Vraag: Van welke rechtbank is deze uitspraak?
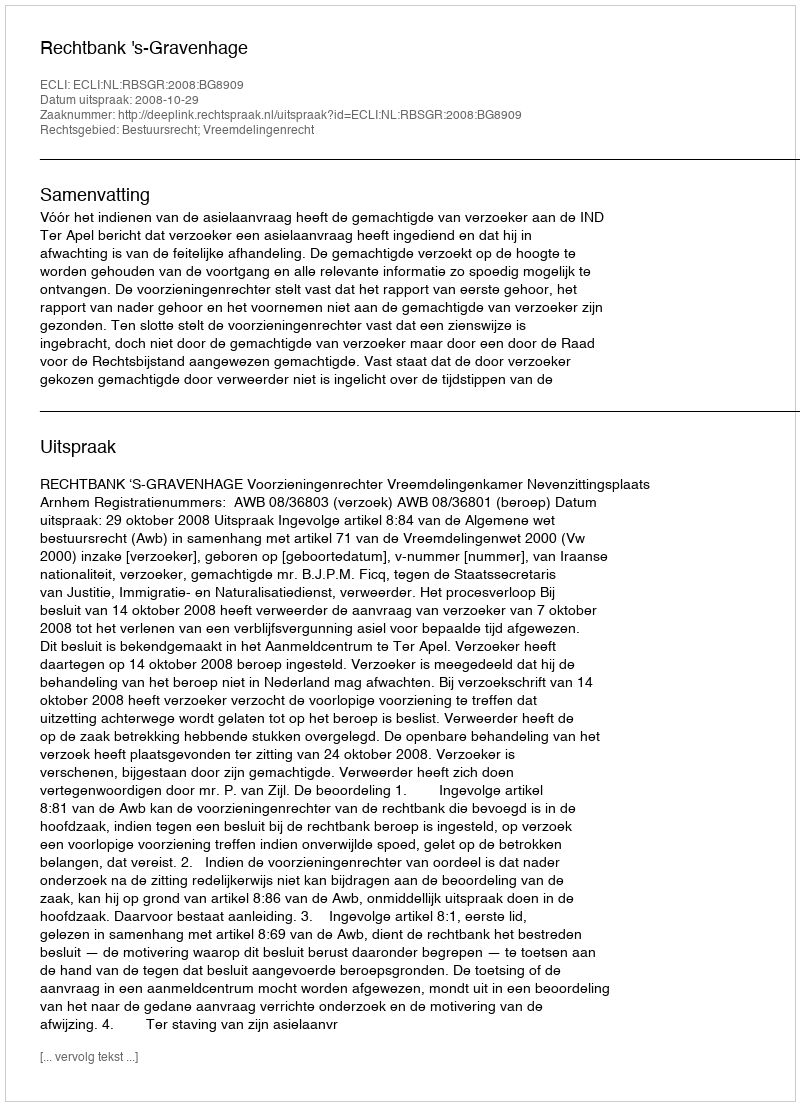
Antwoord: Rechtbank 's-Gravenhage